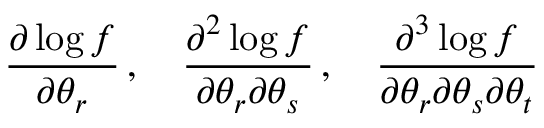
{ \frac { \partial \log f } { \partial \theta _ { r } } } \, , \quad { \frac { \partial ^ { 2 } \log f } { \partial \theta _ { r } \partial \theta _ { s } } } \, , \quad { \frac { \partial ^ { 3 } \log f } { \partial \theta _ { r } \partial \theta _ { s } \partial \theta _ { t } } }